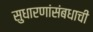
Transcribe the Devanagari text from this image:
सुधारणांसंबधाची